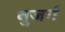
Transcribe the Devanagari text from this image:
बुजर्ग